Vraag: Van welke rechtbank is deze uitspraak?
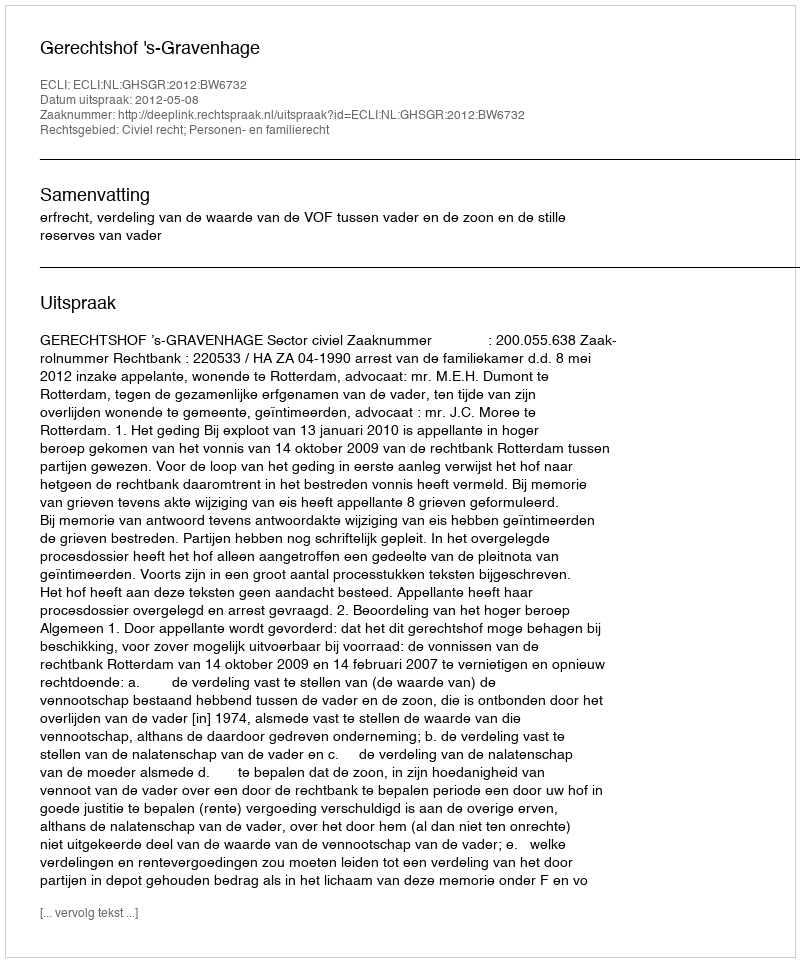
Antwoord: Gerechtshof 's-Gravenhage